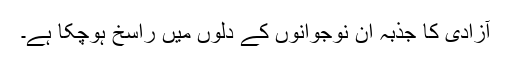
آزادی کا جذبہ ان نوجوانوں کے دلوں میں راسخ ہوچکا ہے۔